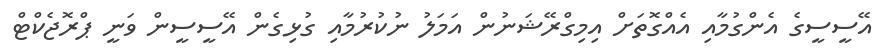
އޭސީސީގެ އެންގުމާއި އެއްގޮތަށް އިމިގްރޭޝަނުން އަމަލު ނުކުރުމާއި ގުޅިގެން އޭސީސީން ވަނީ ޕްރޮޖެކްޓް